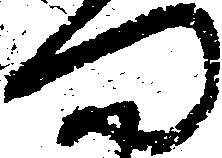
門